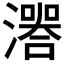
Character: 𤀅